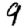
Digit: 9